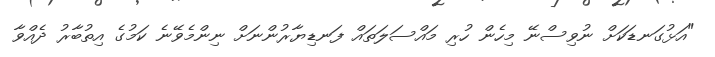
"އަޅުގަނޑަކަށް ނުވިސްނޭ މިހެން ހުރި މައްސަލަތައް ފަނޑިޔާރުންނަށް ނިންމެވޭނެ ކަމުގެ އިތުބާރު ދެއްވާ